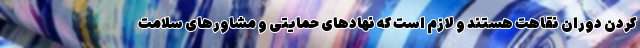
کردن دوران نقاهت هستند و لازم است که نهادهای حمایتی و مشاورهای سلامت